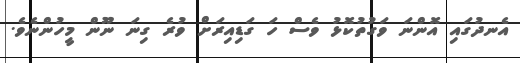
އެނދުގައި އޮންނަ ވަގުތުކޮޅު ވެސް ހަ ގަޑިއިރަށް ވުރެ ގިނަ ނޫން މީހުންނެވެ.